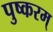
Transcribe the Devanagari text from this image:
पुष्करम्‌